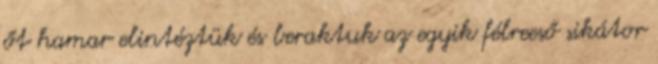
őt hamar elintéztük és beraktuk az egyik félreeső sikátor